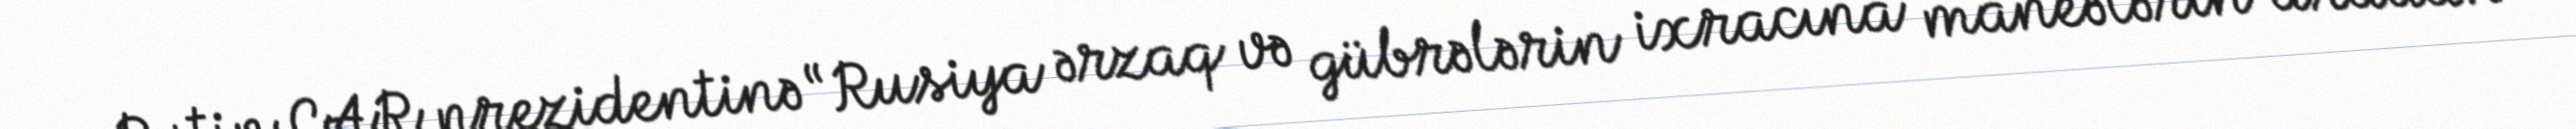
Putin CAR prezidentinə “Rusiya ərzaq və gübrələrin ixracına maneələrin aradan